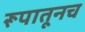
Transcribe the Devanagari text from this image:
रूपातूनच